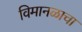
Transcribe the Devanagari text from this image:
विमानळाचा